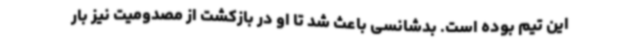
این تیم بوده است. بدشانسی باعث شد تا او در بازکشت از مصدومیت نیز بار